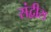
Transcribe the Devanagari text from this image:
संद्वीस